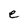
Character: e